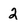
Character: 2